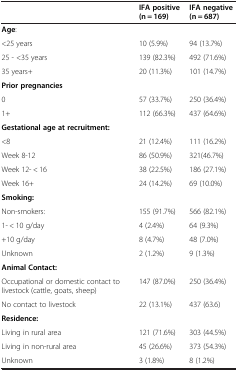
|  | IFA positive (n = 169) | IFA negative (n = 687) |
 | --- | --- | --- |
 | Age: |  |  |
 | <25 years | 10 (5.9%) | 94 (13.7%) |
 | 25 - <35 years | 139 (82.3%) | 492 (71.6%) |
 | 35 years+ | 20 (11.3%) | 101 (14.7%) |
 | Prior pregnancies | <COLSPAN=2>  |
 | 0 | 57 (33.7%) | 250 (36.4%) |
 | 1+ | 112 (66.3%) | 437 (64.6%) |
 | Gestational age at recruitment: | <COLSPAN=2>  |
 | <8 | 21 (12.4%) | 111 (16.2%) |
 | Week 8-12 | 86 (50.9%) | 321(46.7%) |
 | Week 12- < 16 | 38 (22.5%) | 186 (27.1%) |
 | Week 16+ | 24 (14.2%) | 69 (10.0%) |
 | Smoking: | <COLSPAN=2>  |
 | Non-smokers: | 155 (91.7%) | 566 (82.1%) |
 | 1- < 10 g/day | 4 (2.4%) | 64 (9.3%) |
 | +10 g/day | 8 (4.7%) | 48 (7.0%) |
 | Unknown | 2 (1.2%) | 9 (1.3%) |
 | <COLSPAN=3> Animal Contact: |
 | Occupational or domestic contact to livestock (cattle, goats, sheep) | 147 (87.0%) | 250 (36.4%) |
 | No contact to livestock | 22 (13.1%) | 437 (63.6) |
 | <COLSPAN=3> Residence: |
 | Living in rural area | 121 (71.6%) | 303 (44.5%) |
 | Living in non-rural area | 45 (26.6%) | 373 (54.3%) |
 | Unknown | 3 (1.8%) | 8 (1.2%) |